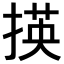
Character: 𢰶